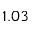
1 . 0 3